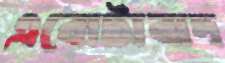
এবোটাবাদ